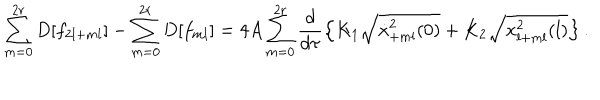
\sum _ { m = 0 } ^ { 2 r } D [ f _ { 2 l + m l } ] - \sum _ { m = 0 } ^ { 2 r } D [ f _ { m l } ] = 4 A \sum _ { m = 0 } ^ { 2 r } \frac { d } { d \tau } \left\{ K _ { 1 } \sqrt { \dot { x } _ { + m l } ^ { 2 } ( 0 ) } + K _ { 2 } \sqrt { x _ { l + m l } ^ { 2 } ( l ) } \right\} .